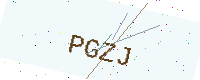
Text: PGZJ